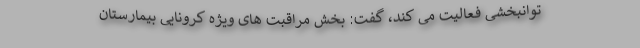
توانبخشی فعالیت می کند، گفت: بخش مراقبت های ویژه کرونایی بیمارستان